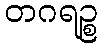
တဂရဉ္စ